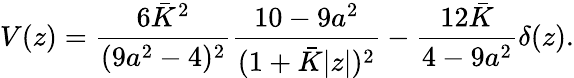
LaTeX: V(z)={\frac{6\bar{K}^{2}}{(9a^{2}-4)^{2}}}{\frac{10-9a^{2}}{(1+\bar{K}|z|)^{2}}}-{\frac{12\bar{K}}{4-9a^{2}}}\delta(z).